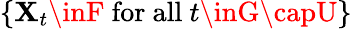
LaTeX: \{ \mathbf{X}_{t}\inF{\mathrm{{~for~all~}}}t\inG\capU\}